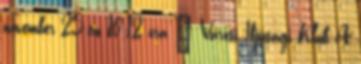
november 25-én 10-12 óra – Városi Ifjúsági Klub A